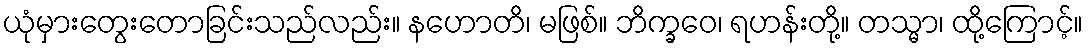
ယုံမှားတွေးတောခြင်းသည်လည်း။ နဟောတိ၊ မဖြစ်။ ဘိက္ခဝေ၊ ရဟန်းတို့။ တသ္မာ၊ ထို့ကြောင့်။